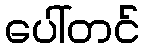
ပေါ်တင်